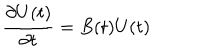
LaTeX: { \frac { \partial U ( t ) } { \partial t } } = B ( t ) U ( t )